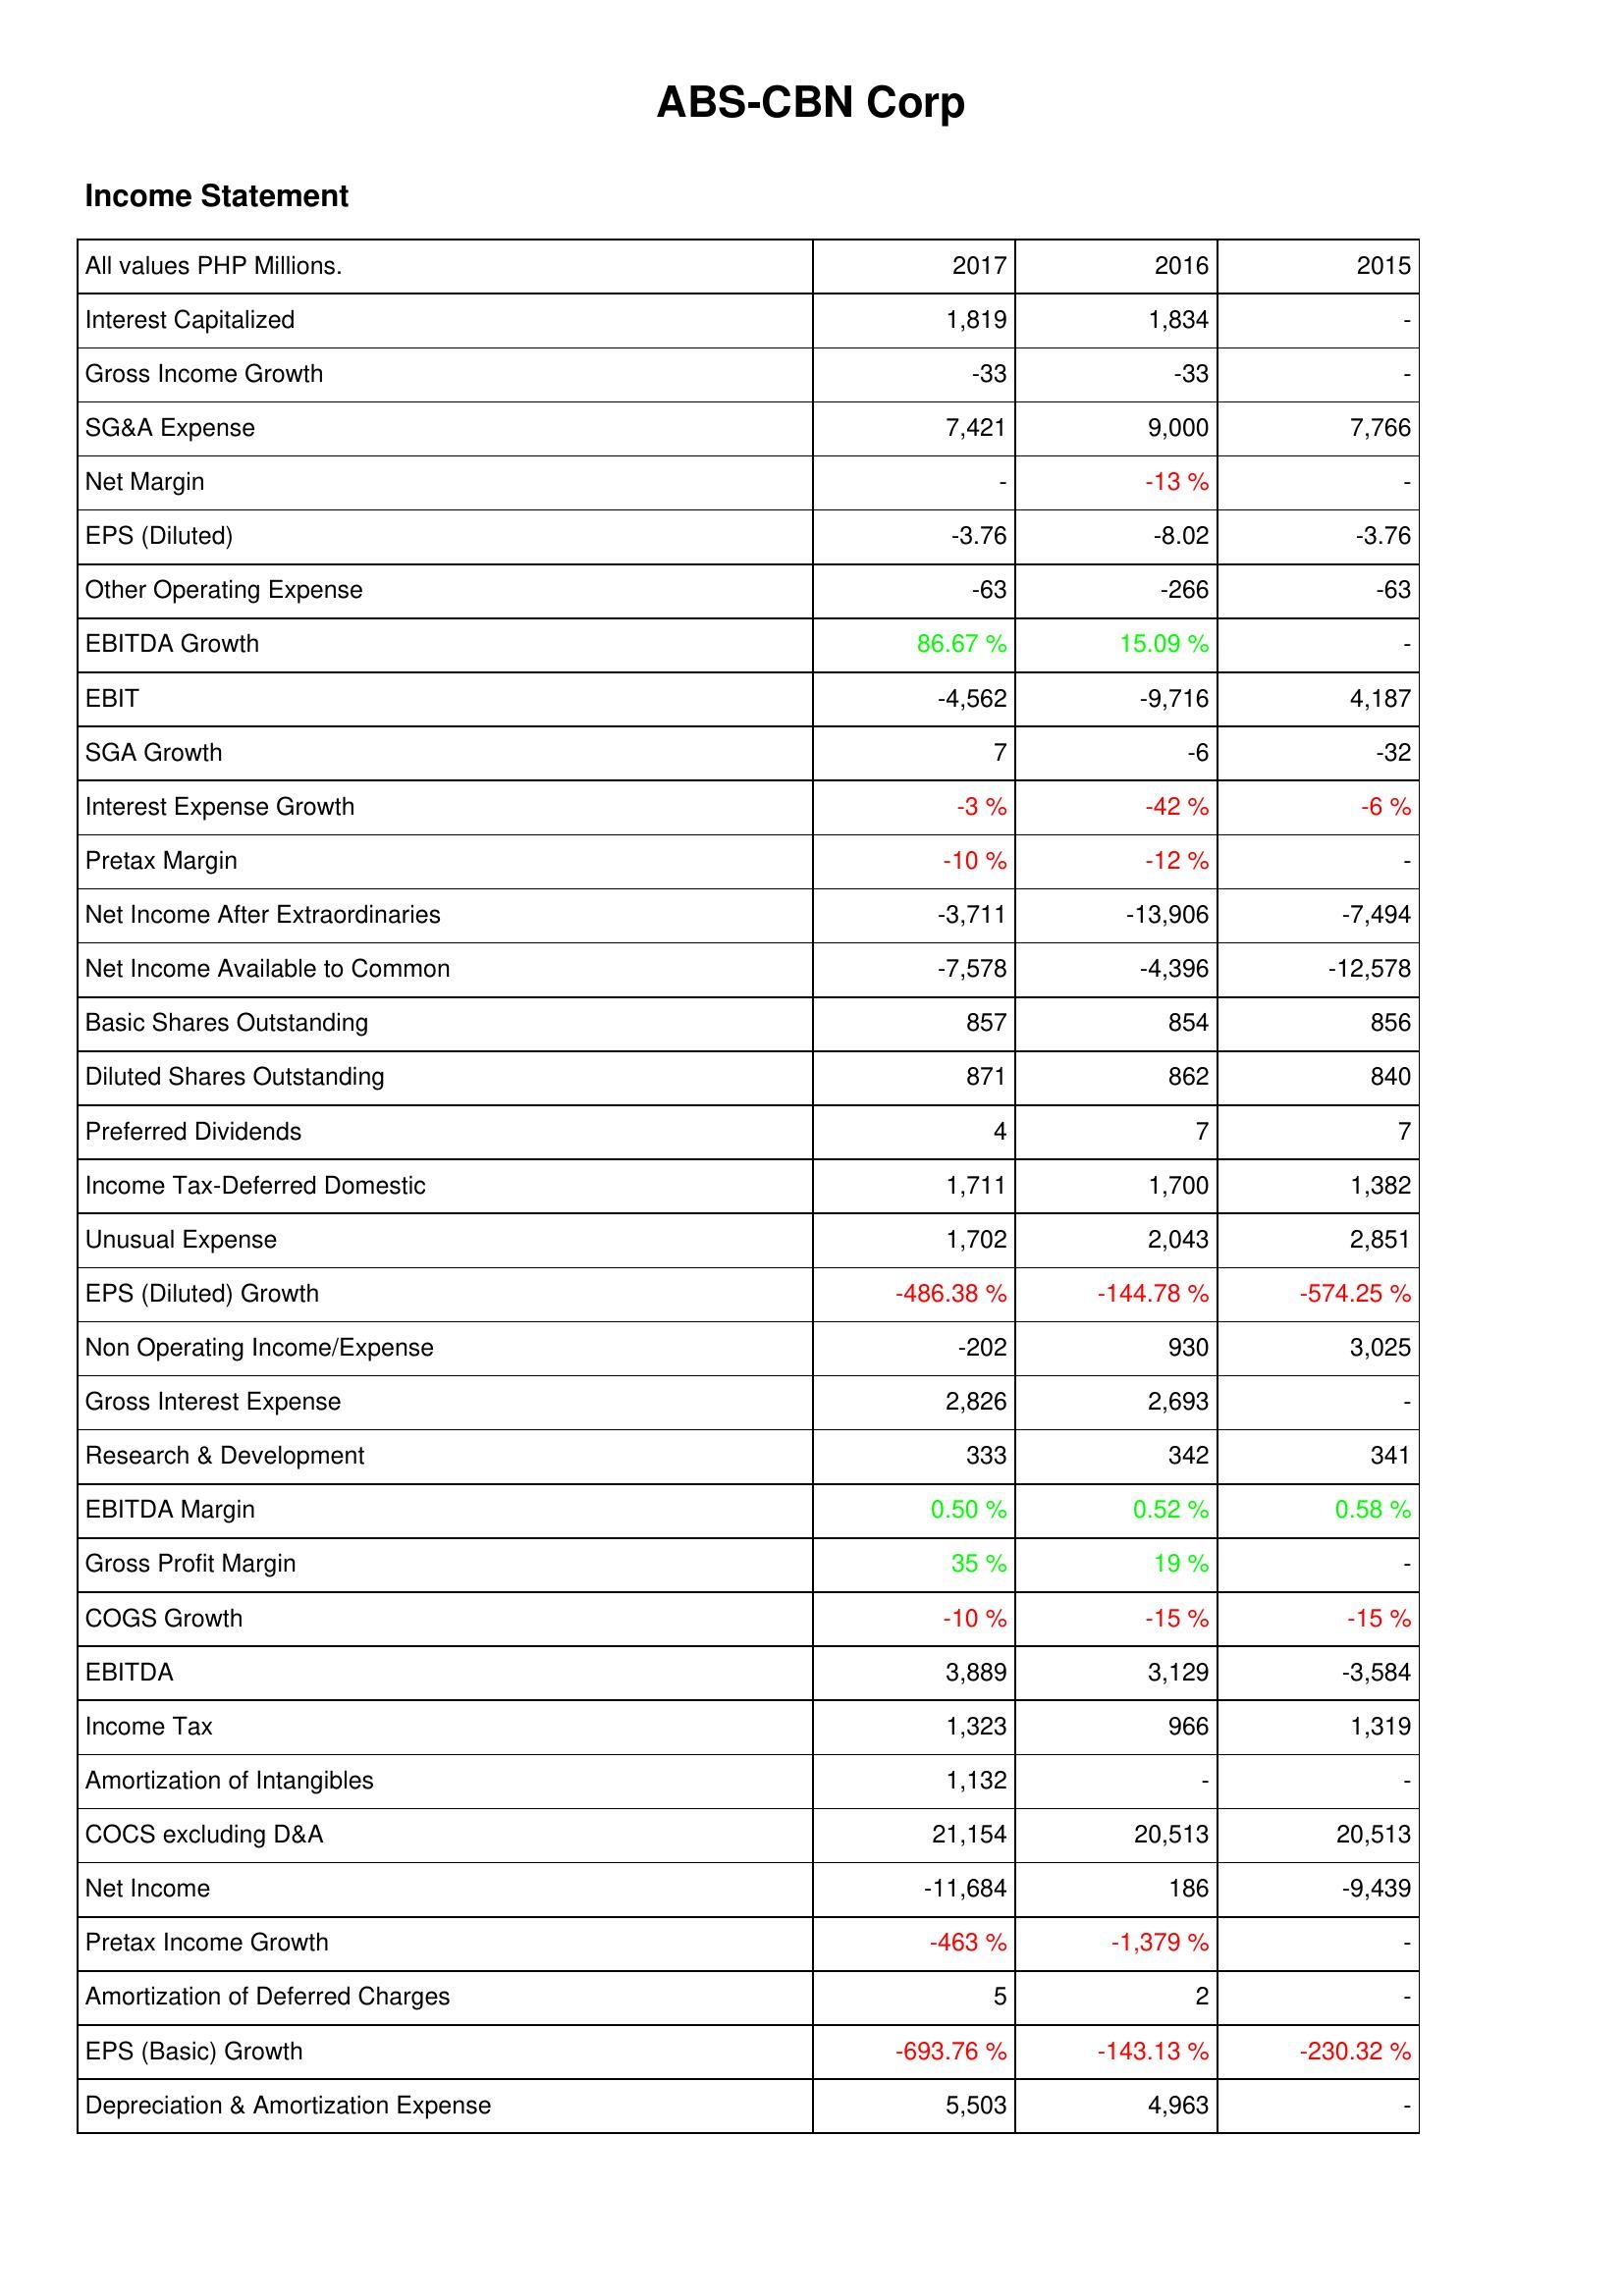
2017: Income Statement: Interest Capitalized: 1,819
Gross Income Growth: -33
SG&A Expense: 7,421
Net Margin: -
EPS (Diluted): -3.76
Other Operating Expense: -63
EBITDA Growth: 86.67 %
EBIT: -4,562
SGA Growth: 7
Interest Expense Growth: -3 %
Pretax Margin: -10 %
Net Income After Extraordinaries: -3,711
Net Income Available to Common: -7,578
Basic Shares Outstanding: 857
Diluted Shares Outstanding: 871
Preferred Dividends: 4
Income Tax-Deferred Domestic: 1,711
Unusual Expense: 1,702
EPS (Diluted) Growth: -486.38 %
Non Operating Income/Expense: -202
Gross Interest Expense: 2,826
Research & Development: 333
EBITDA Margin: 0.50 %
Gross Profit Margin: 35 %
COGS Growth: -10 %
EBITDA: 3,889
Income Tax: 1,323
Amortization of Intangibles: 1,132
COCS excluding D&A: 21,154
Net Income: -11,684
Pretax Income Growth: -463 %
Amortization of Deferred Charges: 5
EPS (Basic) Growth: -693.76 %
Depreciation & Amortization Expense: 5,503
2016: Income Statement: Interest Capitalized: 1,834
Gross Income Growth: -33
SG&A Expense: 9,000
Net Margin: -13 %
EPS (Diluted): -8.02
Other Operating Expense: -266
EBITDA Growth: 15.09 %
EBIT: -9,716
SGA Growth: -6
Interest Expense Growth: -42 %
Pretax Margin: -12 %
Net Income After Extraordinaries: -13,906
Net Income Available to Common: -4,396
Basic Shares Outstanding: 854
Diluted Shares Outstanding: 862
Preferred Dividends: 7
Income Tax-Deferred Domestic: 1,700
Unusual Expense: 2,043
EPS (Diluted) Growth: -144.78 %
Non Operating Income/Expense: 930
Gross Interest Expense: 2,693
Research & Development: 342
EBITDA Margin: 0.52 %
Gross Profit Margin: 19 %
COGS Growth: -15 %
EBITDA: 3,129
Income Tax: 966
Amortization of Intangibles: -
COCS excluding D&A: 20,513
Net Income: 186
Pretax Income Growth: -1,379 %
Amortization of Deferred Charges: 2
EPS (Basic) Growth: -143.13 %
Depreciation & Amortization Expense: 4,963
2015: Income Statement: Interest Capitalized: -
Gross Income Growth: -
SG&A Expense: 7,766
Net Margin: -
EPS (Diluted): -3.76
Other Operating Expense: -63
EBITDA Growth: -
EBIT: 4,187
SGA Growth: -32
Interest Expense Growth: -6 %
Pretax Margin: -
Net Income After Extraordinaries: -7,494
Net Income Available to Common: -12,578
Basic Shares Outstanding: 856
Diluted Shares Outstanding: 840
Preferred Dividends: 7
Income Tax-Deferred Domestic: 1,382
Unusual Expense: 2,851
EPS (Diluted) Growth: -574.25 %
Non Operating Income/Expense: 3,025
Gross Interest Expense: -
Research & Development: 341
EBITDA Margin: 0.58 %
Gross Profit Margin: -
COGS Growth: -15 %
EBITDA: -3,584
Income Tax: 1,319
Amortization of Intangibles: -
COCS excluding D&A: 20,513
Net Income: -9,439
Pretax Income Growth: -
Amortization of Deferred Charges: -
EPS (Basic) Growth: -230.32 %
Depreciation & Amortization Expense: -